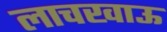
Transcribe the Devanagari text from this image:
लाचखाऊ